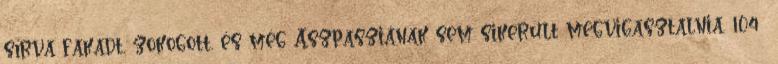
sírva fakadt, zokogott, és még Aszpasziának sem sikerült megvigasztalnia. 104